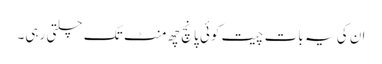
ان کی یہ بات چیت کوئی پانچ چھ منٹ تک چلتی رہی۔